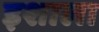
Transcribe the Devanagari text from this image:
इशाला